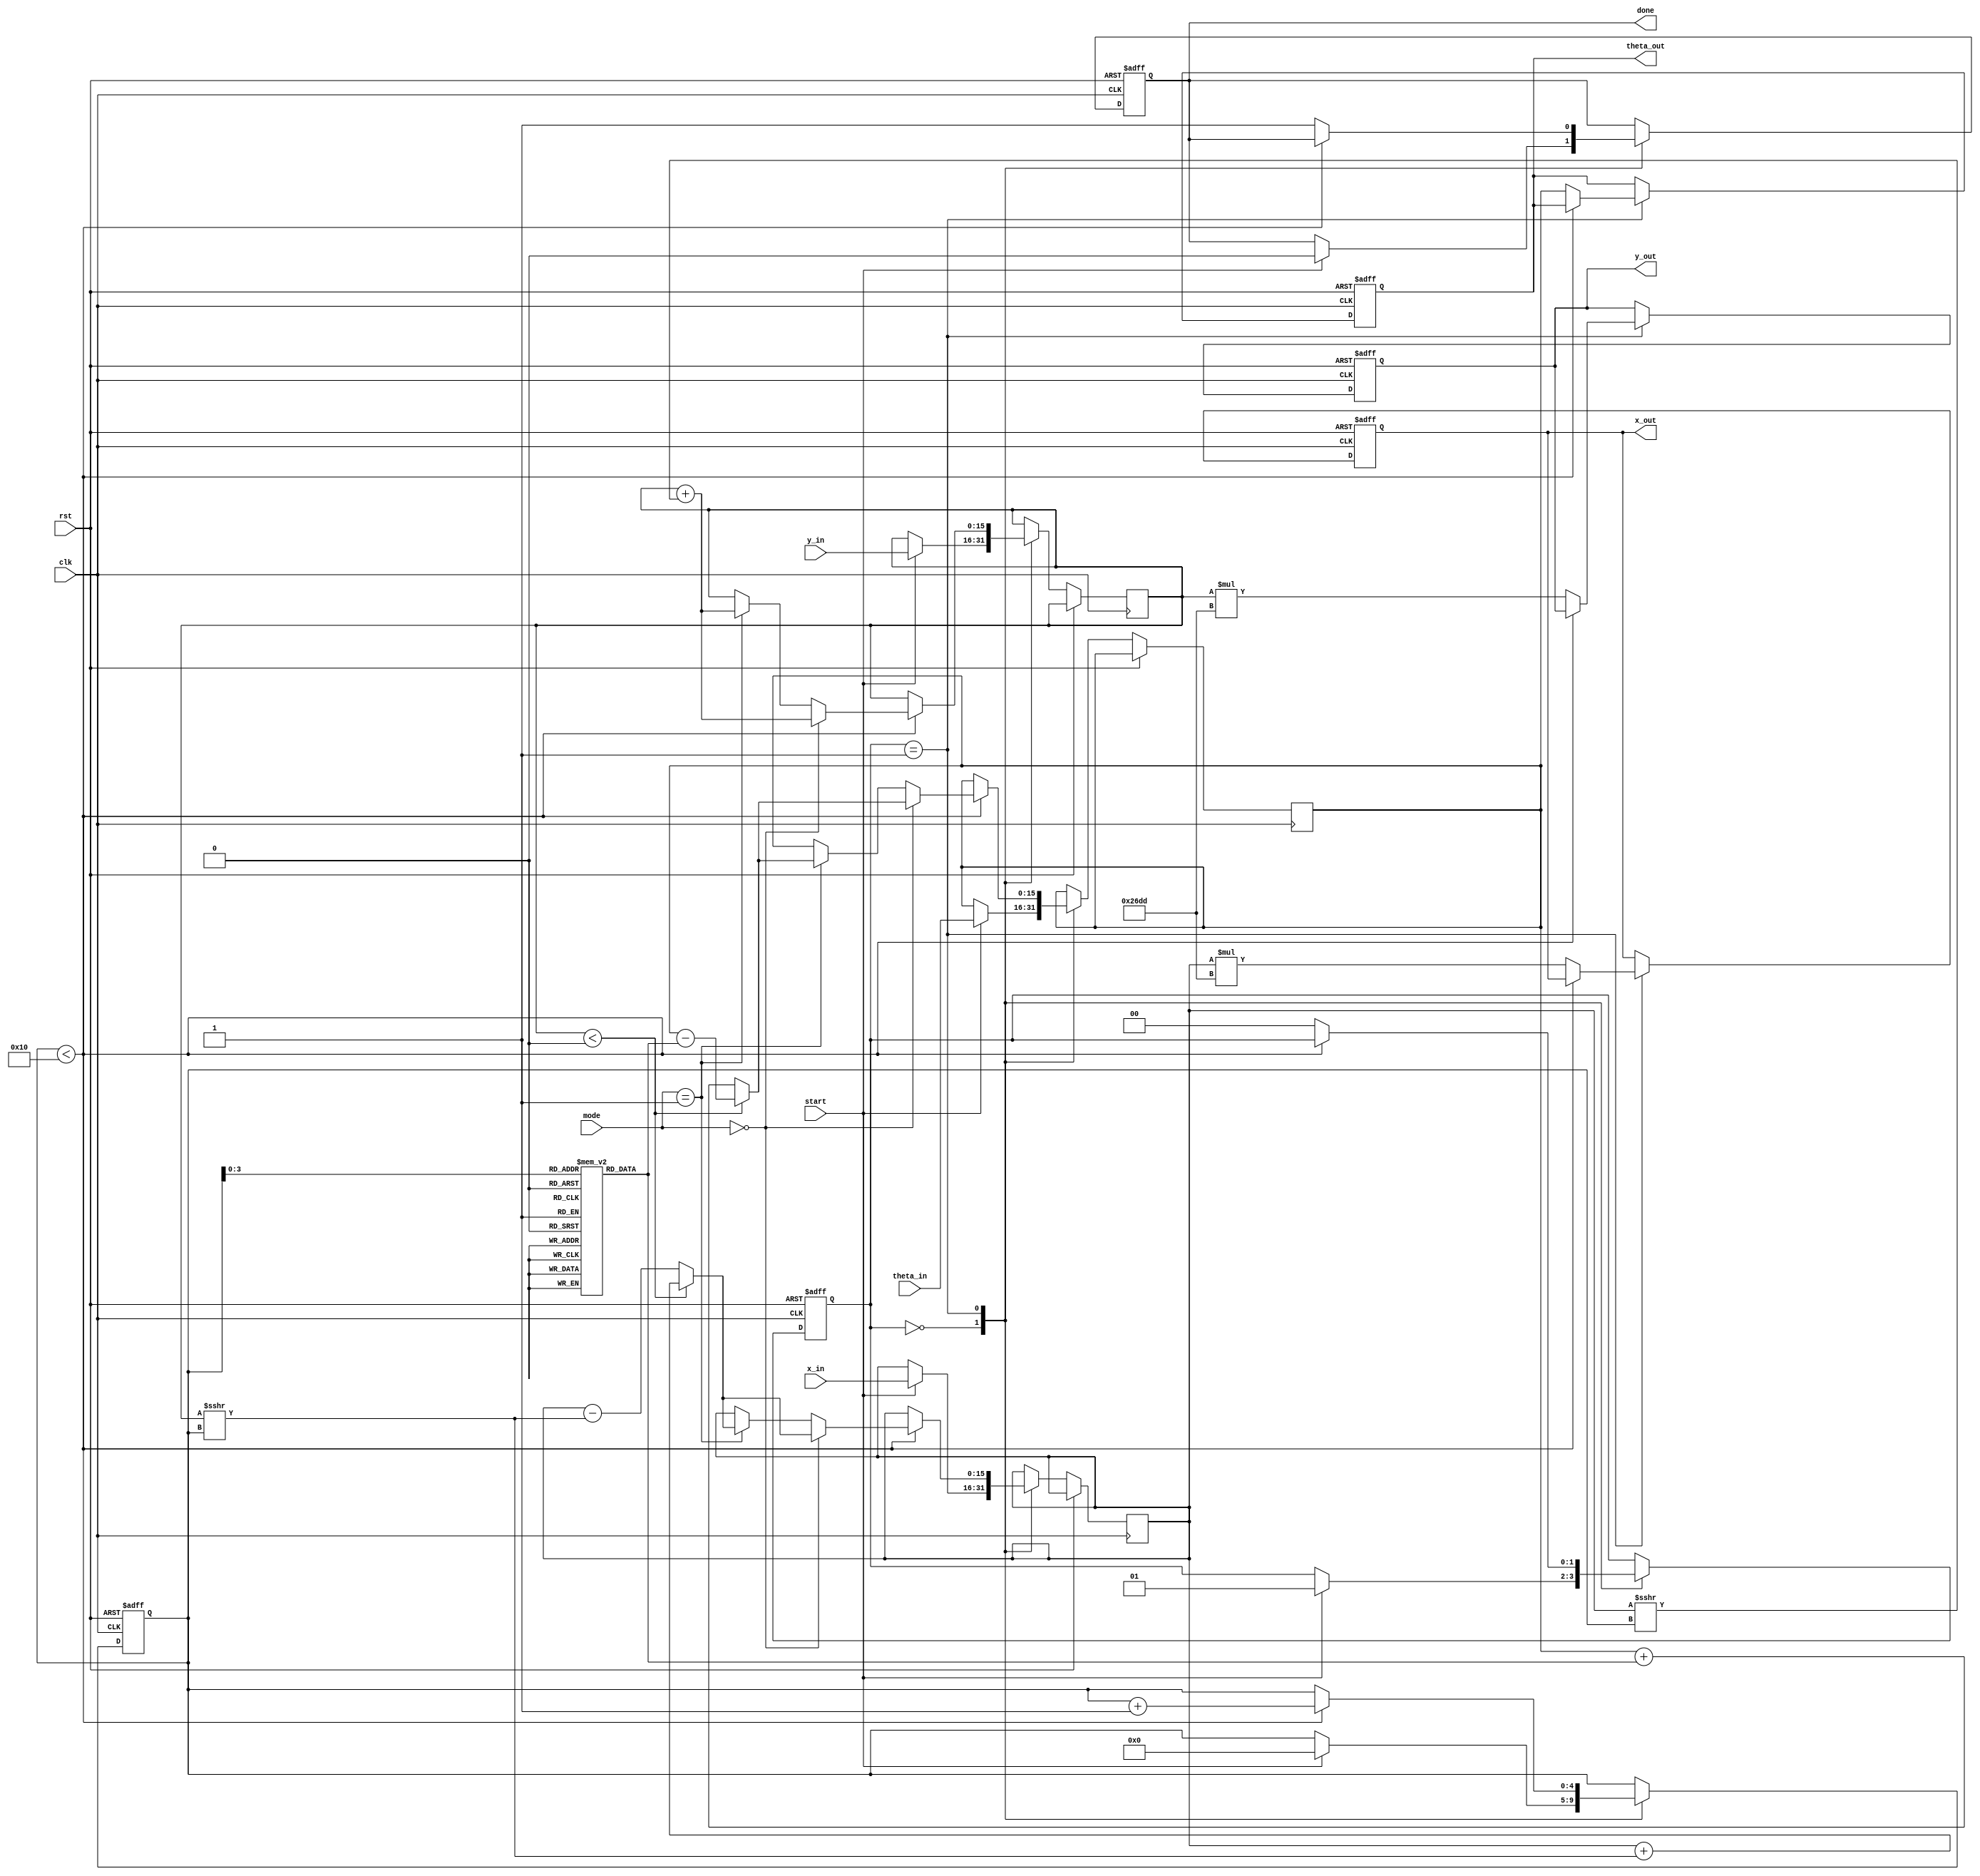
module unified_cordic #(
    parameter WIDTH = 16, // Width of fixed-point representation
    parameter STAGES = 16  // Number of CORDIC stages
)(
    input wire clk,
    input wire rst,
    input wire start,
    input wire [1:0] mode, // 00: Rotation, 01: Vectoring, 10: Hyperbolic
    input wire signed [WIDTH-1:0] x_in,
    input wire signed [WIDTH-1:0] y_in,
    input wire signed [WIDTH-1:0] theta_in, // Angle input for Rotation mode
    output reg signed [WIDTH-1:0] x_out,
    output reg signed [WIDTH-1:0] y_out,
    output reg signed [WIDTH-1:0] theta_out,
    output reg done
);

    // Internal signals
    reg signed [WIDTH-1:0] x_reg, y_reg, theta_reg;
    reg [4:0] stage; // Stage counter
    reg [1:0] state; // State machine for processing

    // CORDIC gain factor (for normalization)
    localparam signed [WIDTH-1:0] CORDIC_GAIN = 16'h26DD; // Example value

    // Precomputed arctangent values for CORDIC
    reg signed [WIDTH-1:0] atan_table [0:STAGES-1];
    initial begin
        // Fill atan_table with precomputed values (in fixed-point)
        atan_table[0] = 16'h2000; // atan(1) in fixed-point
        atan_table[1] = 16'h1333; // atan(0.5)
        atan_table[2] = 16'h0A3D; // atan(0.25)
        // Add more values as needed...
    end

    // State machine for CORDIC processing
    always @(posedge clk or posedge rst) begin
        if (rst) begin
            state <= 2'b00;
            stage <= 0;
            done <= 0;
            x_out <= 0;
            y_out <= 0;
            theta_out <= 0;
        end else begin
            case (state)
                2'b00: begin // Idle state
                    if (start) begin
                        x_reg <= x_in;
                        y_reg <= y_in;
                        theta_reg <= theta_in;
                        stage <= 0;
                        done <= 0;
                        state <= 2'b01; // Move to processing state
                    end
                end
                2'b01: begin // Processing state
                    if (stage < STAGES) begin
                        // CORDIC rotation or vectoring logic
                        if (mode == 2'b00) begin // Rotation mode
                            if (y_reg < 0) begin
                                x_reg <= x_reg + (y_reg >>> stage);
                                y_reg <= y_reg + (x_reg >>> stage);
                                theta_reg <= theta_reg - atan_table[stage];
                            end else begin
                                x_reg <= x_reg - (y_reg >>> stage);
                                y_reg <= y_reg + (x_reg >>> stage);
                                theta_reg <= theta_reg + atan_table[stage];
                            end
                        end else if (mode == 2'b01) begin // Vectoring mode
                            if (y_reg < 0) begin
                                x_reg <= x_reg + (y_reg >>> stage);
                                y_reg <= y_reg + (x_reg >>> stage);
                                theta_reg <= theta_reg - atan_table[stage];
                            end else begin
                                x_reg <= x_reg - (y_reg >>> stage);
                                y_reg <= y_reg + (x_reg >>> stage);
                                theta_reg <= theta_reg + atan_table[stage];
                            end
                        end
                        stage <= stage + 1;
                    end else begin
                        // Final output assignment
                        x_out <= x_reg * CORDIC_GAIN; // Scale output
                        y_out <= y_reg * CORDIC_GAIN; // Scale output
                        theta_out <= theta_reg; // Output angle
                        done <= 1; // Indicate completion
                        state <= 2'b00; // Return to idle state
                    end
                end
            endcase
        end
    end
endmodule